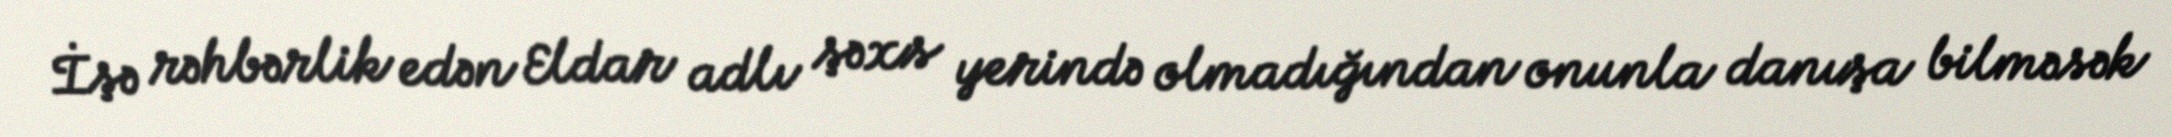
İşə rəhbərlik edən Eldar adlı şəxs yerində olmadığından onunla danışa bilməsək